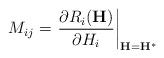
LaTeX: \begin{align*}M_{ij}=\left.\frac{\partial R_i({\bf H})}{\partial H_i}\right|_{{\bf H}={\bf H}^*}\end{align*}